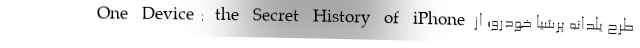
One Device: the Secret History of iPhone طرح یلدانه پرشیا خودرو؛ از